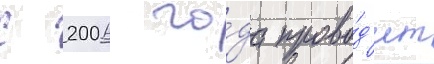
С 2006 го́да прово́д'ит